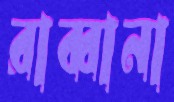
রাব্বানা